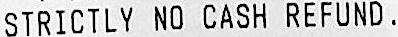
STRICTLY NO CASH REFUND.